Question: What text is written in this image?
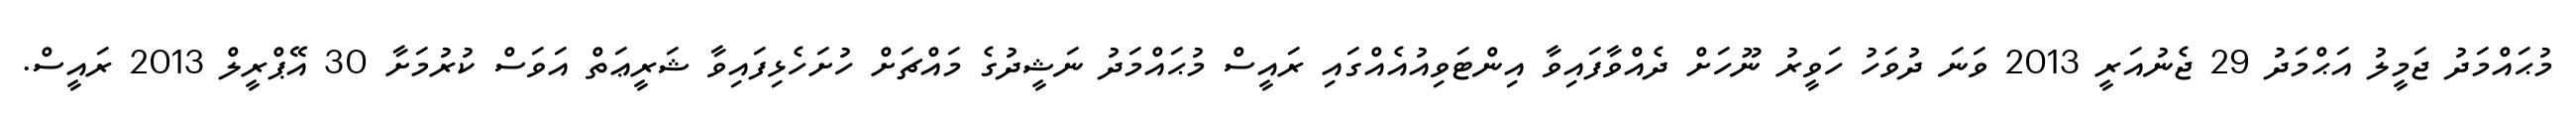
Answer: މުޙައްމަދު ޖަމީލު އަޙްމަދު 29 ޖެނުއަރީ 2013 ވަނަ ދުވަހު ހަވީރު ނޫހަށް ދެއްވާފައިވާ އިންޓަވިއުއެއްގައި ރައީސް މުޙައްމަދު ނަޝީދުގެ މައްޗަށް ހުށަހެޅިފައިވާ ޝަރީޢަތް އަވަސް ކުރުމަށާ 30 އޭޕްރީލް 2013 ރައީސް.